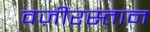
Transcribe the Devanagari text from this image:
वज़ीरस्तान